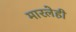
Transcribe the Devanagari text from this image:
मारलेही